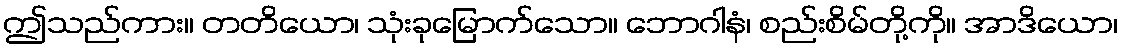
ဤသည်ကား။ တတိယော၊ သုံးခုမြောက်သော။ ဘောဂါနံ၊ စည်းစိမ်တို့ကို။ အာဒိယော၊